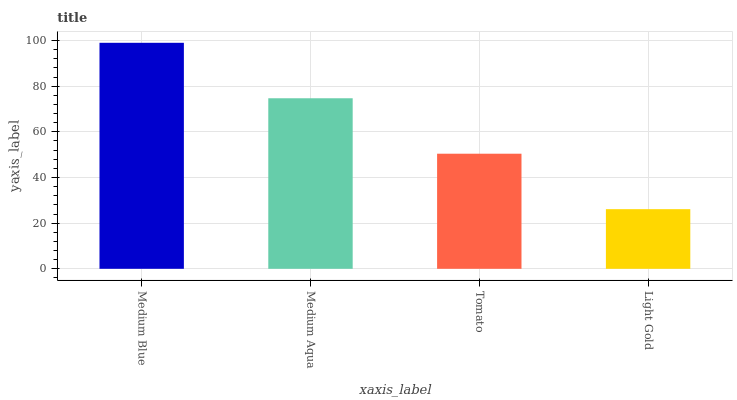
| xaxis_label | bars |
 | --- | --- |
 | Medium Blue | 99 |
 | Medium Aqua | 74.7 |
 | Tomato | 50.4 |
 | Light Gold | 26.1 |